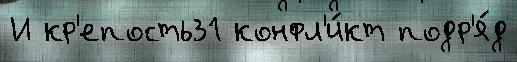
И кр'епость31 конфл'и́кт подр'я́д